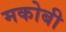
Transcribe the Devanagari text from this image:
मकोबी